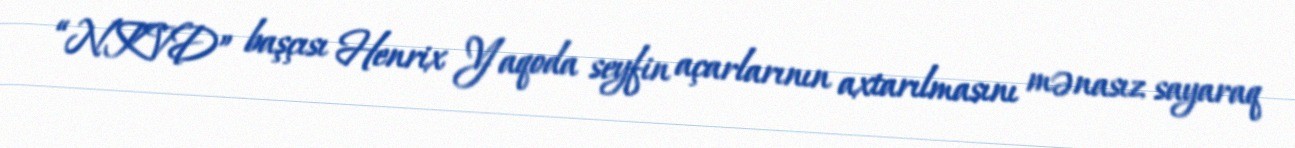
“NKVD” başçısı Henrix Yaqoda seyfin açarlarının axtarılmasını mənasız sayaraq